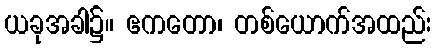
ယခုအခါ၌။ ဧကတော၊ တစ်ယောက်အထည်း